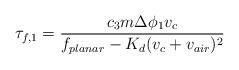
LaTeX: \begin{align*}\tau_{f,1} = \frac{ c_3 m\Delta \phi_1 v_c}{f_{planar} - K_d (v_c + v_{air})^2}\end{align*}